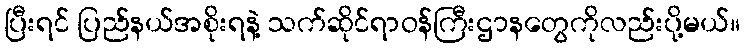
ပြီးရင် ပြည်နယ်အစိုးရနဲ့ သက်ဆိုင်ရာဝန်ကြီးဌာနတွေကိုလည်းပို့မယ်။